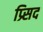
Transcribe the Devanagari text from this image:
प्र्सिद